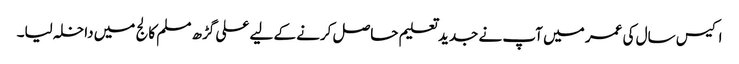
اکیس سال کی عمر میں آپ نے جدید تعلیم حاصل کرنے کے لیے علی گڑھ مسلم کالج میں داخلہ لیا۔